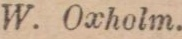
W. Oxholm.